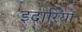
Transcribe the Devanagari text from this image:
इदारिया